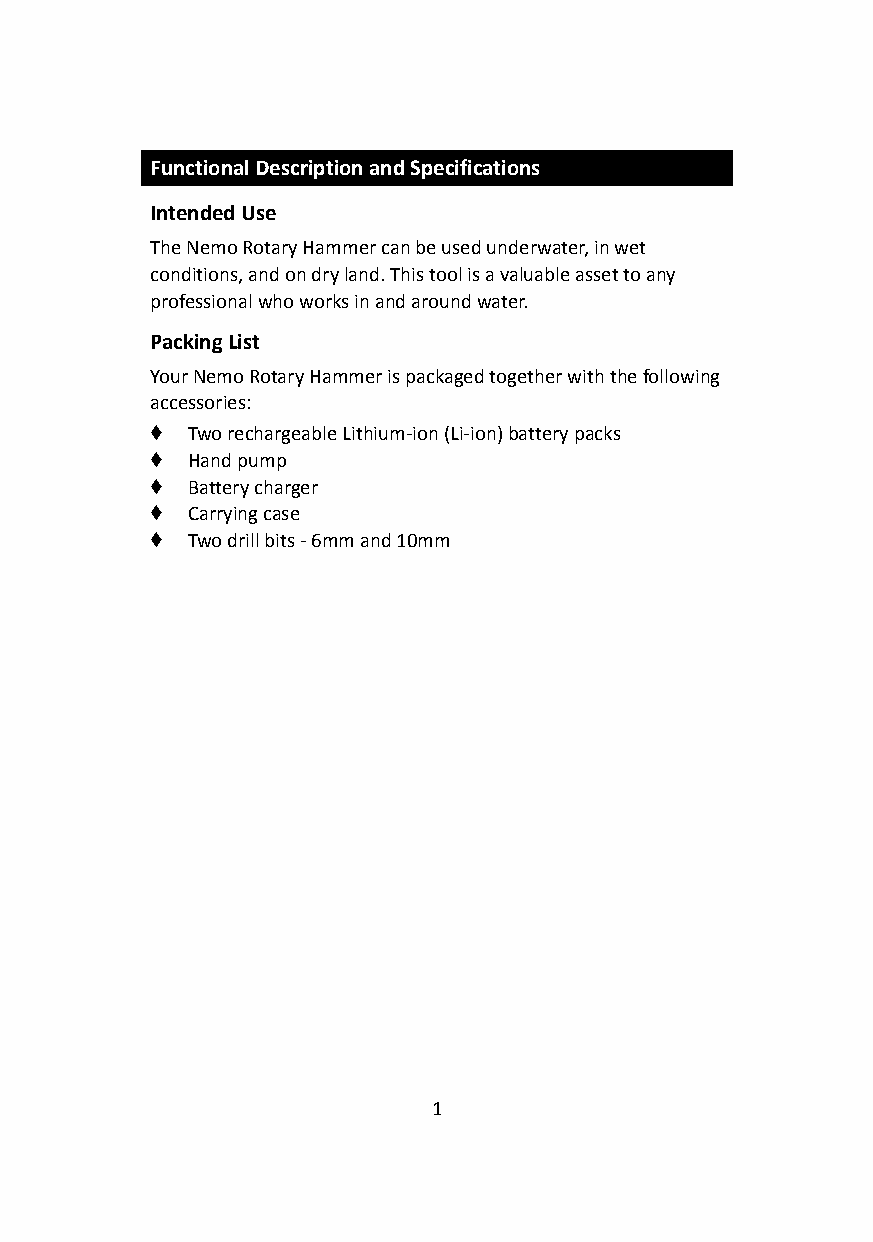
Functional Description and Specifications
 Intended Use
 The Nemo Rotary Hammer can be used underwater, inwet
 conditions, and on dry land. This tool is a valuableasset to any
 professional who works in and around water.
 Packing List
 Your Nemo Rotary Hammer is packaged together withthe following
 accessories:
 ♦ Two rechargeable Lithium-ion (Li-ion) battery packs
 ♦ Hand pump
 ♦ Battery charger
 ♦ Carrying case
 ♦ Two drill bits - 6mm and 10mm
 1